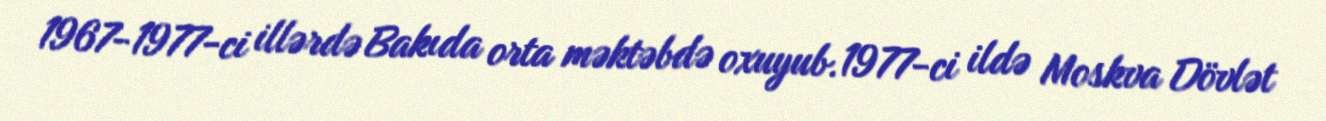
1967-1977-ci illərdə Bakıda orta məktəbdə oxuyub.1977-ci ildə Moskva Dövlət